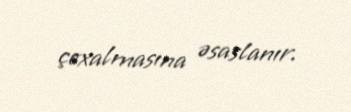
çoxalmasına əsaslanır.